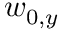
w _ { 0 , y }